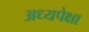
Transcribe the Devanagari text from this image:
अध्यपेक्षा